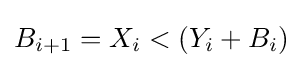
B_{i+1}=X_{i}<(Y_{i}+B_{i})